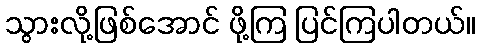
သွားလို့ဖြစ်အောင် ဖို့ကြ ပြင်ကြပါတယ်။